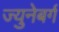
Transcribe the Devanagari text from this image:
ज्युनेबर्ग